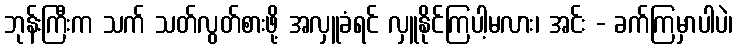
ဘုန်းကြီးက သက် သတ်လွတ်စားဖို့ အလှူခံရင် လှူနိုင်ကြပါ့မလား၊ အင်း - ခက်ကြမှာပါပဲ၊